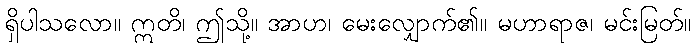
ရှိပါသလော။ ဣတိ၊ ဤသို့။ အာဟ၊ မေးလျှောက်၏။ မဟာရာဇ၊ မင်းမြတ်။